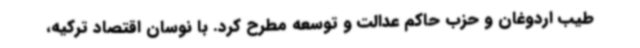
طیب اردوغان و حزب حاکم عدالت و توسعه مطرح کرد. با نوسان اقتصاد ترکیه،